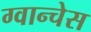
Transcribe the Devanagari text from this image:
ग्वान्चेस